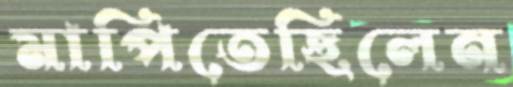
মাপিতেছিলেন